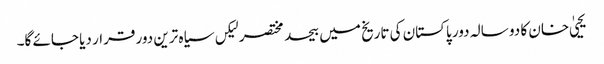
یحییٰ خان کا دو سالہ دور پاکستان کی تاریخ میں بیحد مختصر لیکں سیاہ ترین دور قرار دیا جائے گا۔